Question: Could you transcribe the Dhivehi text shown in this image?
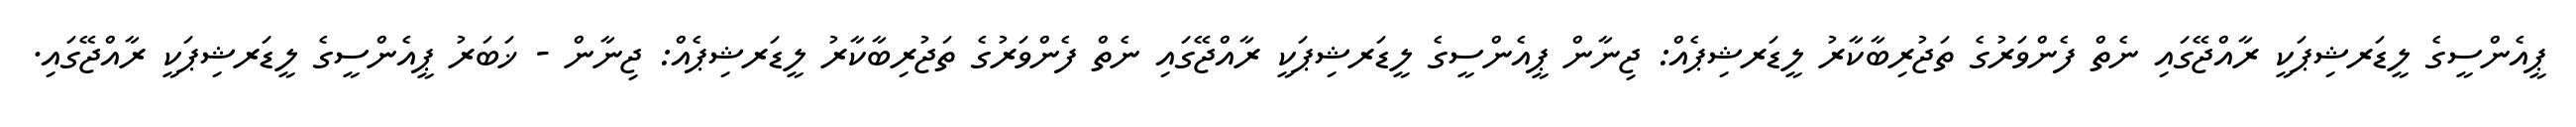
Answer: ޕީއެންސީގެ ލީޑަރޝިޕަކީ ރާއްޖޭގައި ނެތް ފެންވަރުގެ ތަޖުރިބާކާރު ލީޑަރޝިޕެއް: ޖިނާން ޕީއެންސީގެ ލީޑަރޝިޕަކީ ރާއްޖޭގައި ނެތް ފެންވަރުގެ ތަޖުރިބާކާރު ލީޑަރޝިޕެއް: ޖިނާން - ޚަބަރު ޕީއެންސީގެ ލީޑަރޝިޕަކީ ރާއްޖޭގައި.